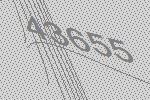
43655